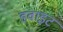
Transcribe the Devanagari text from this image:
डवाइट